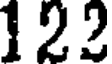
122